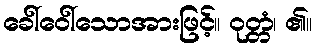
ခေါ်ဝေါ်သောအားဖြင့်။ ဝုတ္တံ၊ ၏။